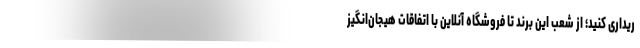
ریداری کنید؛ از شعب این برند تا فروشگاه آنلاین با اتفاقات هیجان‌انگیز